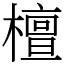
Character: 檀